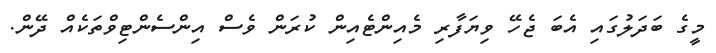
މީގެ ބަދަލުގައި އެބަ ޖެހޭ ވިޔަފާރި މެއިންޓެއިން ކުރަން ވެސް އިންސެންޓިވްތަކެއް ދޭން.